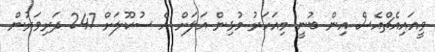
ވީއައިއެޗްއެސް އިން ބުނީ މިއަހަރު މުޅިން އަލަށް އެ ސުކޫލަށް 247 ދަރިވަރުން